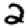
Digit: 2